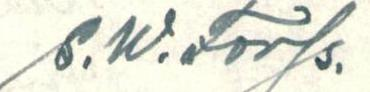
S.W.Forss.